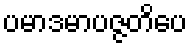
ပမာဒမာပဇ္ဇတိပေ